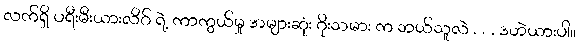
လက်ရှိ ပရီးမီးယားလိဂ် ရဲ့ ကာကွယ်မှု အများဆုံး ဂိုးသမား က ဘယ်သူလဲ . . . ဒဟဲယားပါ။